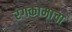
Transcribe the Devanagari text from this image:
रंगकामाचा